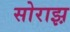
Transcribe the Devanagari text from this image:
सोराझ़